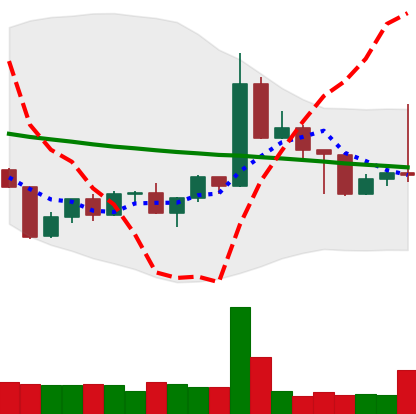
Ticker: TRX-USD
Chart end date: 2022-04-29
Forward return: 35.752%
Label: up_7plus